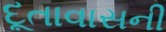
દૂતાવાસની